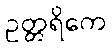
ဥတ္တရိကေ